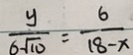
\frac { y } { 6 \sqrt { 1 0 } } = \frac { 6 } { 1 8 - x }